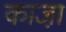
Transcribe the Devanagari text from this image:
काजा़